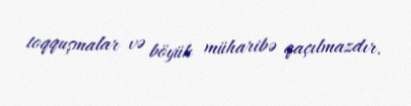
toqquşmalar və böyük müharibə qaçılmazdır.